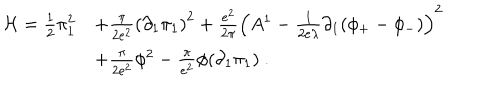
\begin{array} { r l } { { { \cal H } = \frac { 1 } { 2 } \pi _ { 1 } ^ { 2 } } } & { { + \frac { \pi } { 2 e ^ { 2 } } \left( \partial _ { 1 } \pi _ { 1 } \right) ^ { 2 } + \frac { e ^ { 2 } } { 2 \pi } \left( A ^ { 1 } - \frac { 1 } { 2 e \lambda } \partial _ { 1 } ( \phi _ { + } - \phi _ { - } ) \right) ^ { 2 } } } \\ { { } } & { { + \frac { \pi } { 2 e ^ { 2 } } \phi ^ { 2 } - \frac { \pi } { e ^ { 2 } } \phi ( \partial _ { 1 } \pi _ { 1 } ) \ . } } \\ \end{array}